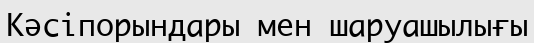
Кәсіпорындары мен шаруашылығы